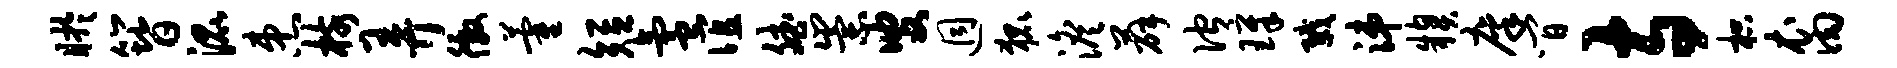
盱簪混患核弄徼藿短氲谊斌崇叟迥狐澹薛伫璋戮涕糗廪间寺枳裔